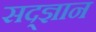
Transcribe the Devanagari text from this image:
सद्ज्ञान